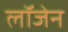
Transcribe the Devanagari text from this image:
लॉजेन